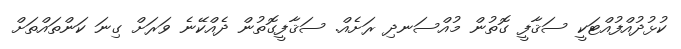
ކުޅުދުއްފުއްޓަކީ ސަޤާފީ ގޮތުން މުއްސަނދި ރަށެއް. ސަޤާފީގޮތުން ދެއްކޭނެ ވަރަށް ގިނަ ކަންތައްތަށް